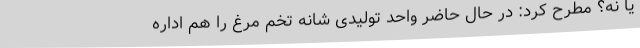
یا نه؟ مطرح کرد: در حال حاضر واحد تولیدی شانه تخم مرغ را هم اداره